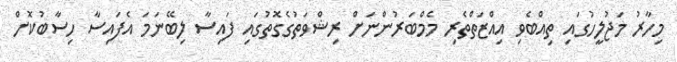
މިހާރު މަޖުލީހުގައި ތިއްބެވި އިއްޒަތްތެރި މެމްބަރުންނަށް ރިޝްވަތުގެގޮތުގައި ފައިސާ ލިބޭނަމަ އެފައިސާ ހިސާބުކޮށް